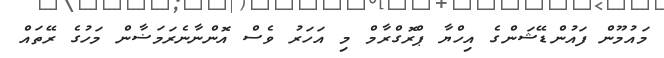
މައުމޫން ފައުންޑޭޝަންގެ އިހްޔާ ޕްރޮގްރާމް މި އަހަރު ވެސް އޮންނާނެރަމަޟާން މަހުގެ ރޭތައް